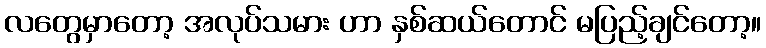
လတွေမှာတော့ အလုပ်သမား ဟာ နှစ်ဆယ်တောင် မပြည့်ချင်တော့။